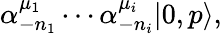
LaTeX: \alpha_{-n_{1}}^{\mu_{1}}\cdots\alpha_{-n_{i}}^{\mu_{i}}|0,p\rangle,